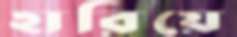
হারিয়ে